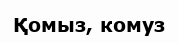
Қомыз, комуз